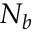
N _ { b }